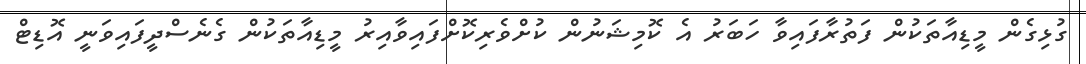
ގުޅިގެން މީޑިއާތަކުން ފަތުރާފައިވާ ހަބަރު އެ ކޮމިޝަނުން ކުށްވެރިކޮށްފައިވާއިރު މީޑިއާތަކުން ގެނެސްދީފައިވަނީ އޮޑިޓް